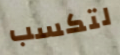
لتكسب